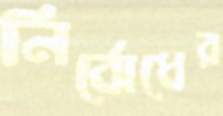
নির্বোধের